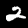
Label: 2